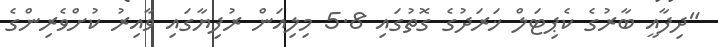
"ދިފާއީ ބާރުގެ ކެޕިޓަލް ޚަރަދުގެ ގޮތުގައި 5.8 މިލިއަން ރުފިޔާގައި ވާއިރު ކުށްވެރިންގެ